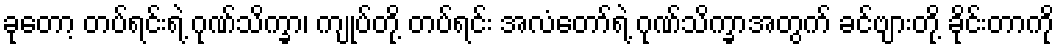
ခုတော့ တပ်ရင်းရဲ့ ဂုဏ်သိက္ခာ၊ ကျုပ်တို့ တပ်ရင်း အလံတော်ရဲ့ ဂုဏ်သိက္ခာအတွက် ခင်ဗျားတို့ ခိုင်းတာကို